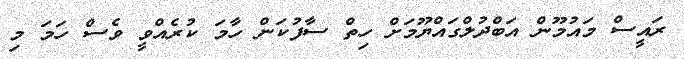
ރައީސް މައުމޫން އަބްދުލްގައްޔޫމަށް ހިތް ސާފުކަން ހާމަ ކުރެއްވީ ވެސް ހަމަ މި